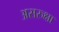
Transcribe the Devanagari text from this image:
असरुक्षा